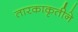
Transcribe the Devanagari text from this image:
तारकाकृतीने